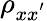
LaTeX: \rho_{xx^{'}}